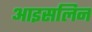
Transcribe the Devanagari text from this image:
आइसलिन